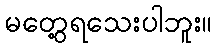
မတွေ့ရသေးပါဘူး။